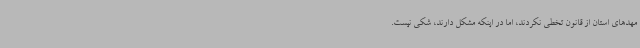
مهدهای استان از قانون تخطی نکردند، اما در اینکه مشکل دارند، شکی نیست.